Account of plague administration in the Bombay Presidency from September 1896 till May 1897
Year: 1896
Disease focus: Plague
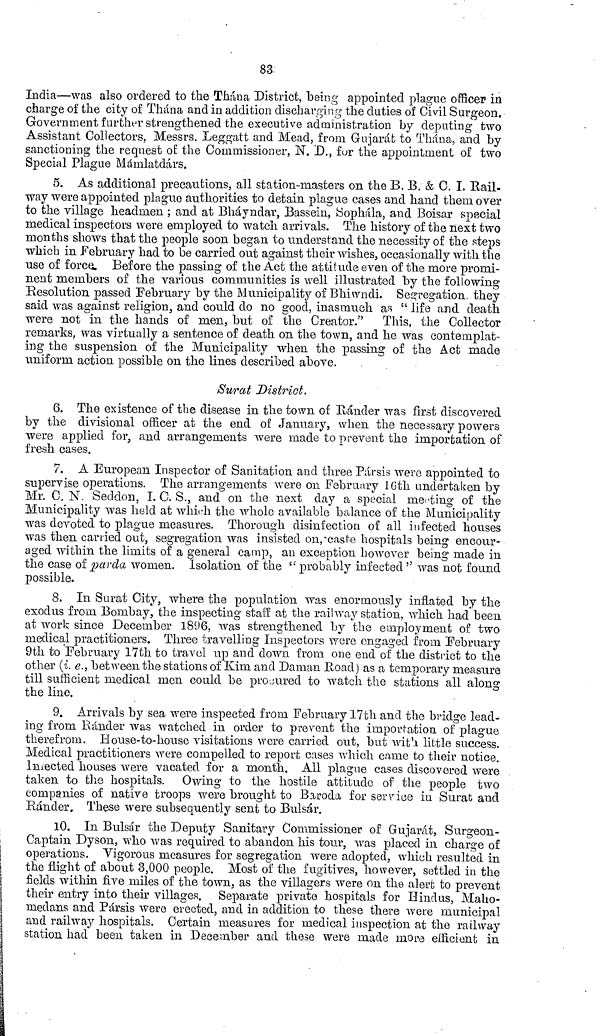
83
India—was also ordered to the Thána District, being appointed plague officer in
charge of the city of Thána and in addition discharging the duties of Civil Surgeon.
Government further strengthened the executive administration by deputing two
Assistant Collectors, Messrs. Leggatt and Mead, from Gujarat to Thána, and by
sanctioning the request of the Commissioner, N. D., fur the appointment of two
Special Plague Mámlatdárs.
5. As additional precautions, all station-masters on the B. B. & C. I. Rail-
way were appointed plague authorities to detain plague cases and hand them over
to the village headmen ; and at Bháyndar, Bassein, Sophála, and Boisar special
medical inspectors were employed to watch arrivals. The history of the next two
months shows that the people soon began to understand the necessity of the steps
which in February had to be carried out against their wishes, occasionally with the
use of force. Before the passing of the Act the attitude even of the more promi-
nent members of the various communities is well illustrated by the following
Resolution passed February by the Municipality of Bhiwndi. Segregation, they
said was against religion, and could do no good, inasmuch as "life and death
were not in the hands of men, but of the Creator." This, the Collector
remarks, was virtually a sentence of death on the town, and he was contemplat-
ing the suspension of the Municipality when the passing of the Act made
uniform action possible on the lines described above.
Surat District.
6. The existence of the disease in the town of Rander was first discovered
by the divisional officer at the end of January, when the necessary powers
were applied for, and arrangements were made to prevent the importation of
fresh cases.
7. A European Inspector of Sanitation and three Pársis were appointed to
supervise operations. The arrangements were on February 16th undertaken by
Mr. 0. N. Seddon, I. C. S., and on the next day a special meeting of the
Municipality was held at which the whole available balance of the Municipality
was devoted to plague measures. Thorough disinfection of all infected houses
was then carried out, segregation was insisted on, caste hospitals being encour-
aged within the limits of a general camp, an exception however being made in
the case of parda women. Isolation of the " probably infected" was not found
possible.
8. In Surat City, where the population was enormously inflated by the
exodus from Bombay, the inspecting staff at the railway station, which had been
at work since December 1896, was strengthened by the employment of two
medical practitioners. Three travelling Inspectors were engaged from February
9th to February 17th to travel up and down from one end of the district to the
other (i. e., between the stations of Kim and Daman Road) as a temporary measure
till sufficient medical men could be procured to watch the stations all along
the line.
9. Arrivals by sea were inspected from February 17th and the bridge lead-
ing from Ránder was watched in order to prevent the importation of plague
therefrom. House-to-house visitations were carried out, but with little success.
Medical practitioners were compelled to report cases which came to their notice.
Infected houses were vacated for a month. All plague cases discovered were
taken to the hospitals. Owing to the hostile attitude of the people two
companies of native troops were brought to Baroda for service in Surat and
Ränder. These were subsequently sent to Bulsár.
10. In Bulsár the Deputy Sanitary Commissioner of Gujarat, Surgeon-
Captain Dyson, who was required to abandon his tour, was placed in charge of
operations. Vigorous measures for segregation were adopted, which resulted in
the night of about 3,000 people. Most of the fugitives, however, settled in the
fields within five miles of the town, as the villagers were on the alert to prevent
their entry into their villages. Separate private hospitals for Hindus, Maho-
niedans and Pársis were erected, and in addition to these there were municipal
and railway hospitals. Certain measures for medical inspection at the railway
station had been taken in December and these were made more efficient in